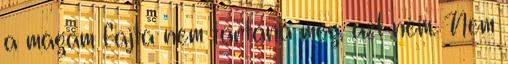
a magam fajta nem tartaná meg, azt nem. Nem